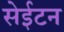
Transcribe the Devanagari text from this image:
सेईटन